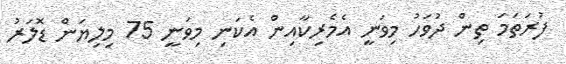
ފުރަތަމަ ތިން ދުވަހު މިވަނީ އެމެރިކާއިން އެކަނި މިވަނީ 75 މިލިޔަން ޑޮލަރު